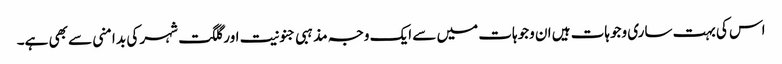
اس کی بہت ساری وجوہات ہیں ان وجوہات میں سے ایک وجہ مذہبی جنونیت اور گلگت شہر کی بد امنی سے بھی ہے۔